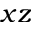
x z